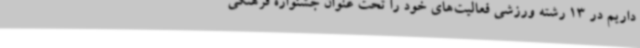
داریم در 13 رشته ورزشی فعالیت‌های خود را تحت عنوان جشنواره فرهنگی